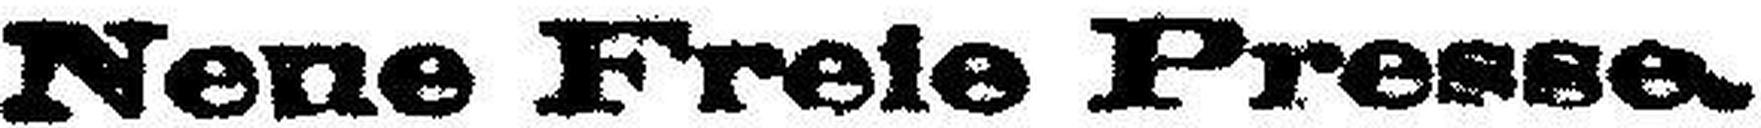
Nene Freie Presse.